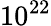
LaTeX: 10^{22}